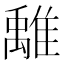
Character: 𩀌